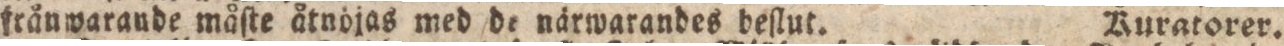
frånwarande måſte åtnöjas med de närwarandes beſtut. Ruratorer.